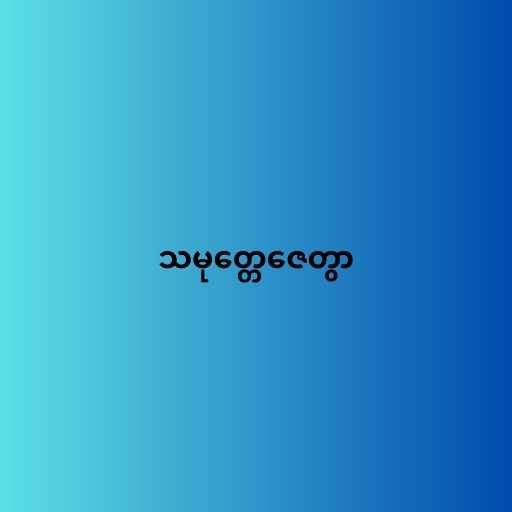
သမုတ္တေဇေတွာ